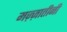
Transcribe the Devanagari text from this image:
मज़्ज़ातीनी